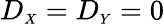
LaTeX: D_{\scriptscriptstyle{X}}=D_{\scriptscriptstyle{Y}}=0